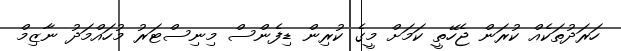
ހަރަދުތަކެއް ކުރަން ޖެހޭތީ ކަމަށް މީގެ ކުރިން ޑިފެންސް މިނިސްޓަރު މުހައްމަދު ނާޒިމް